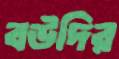
বউদির